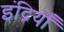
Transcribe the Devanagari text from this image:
इंद्रियोँ